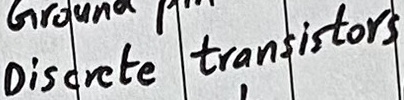
Text: Discrete transistors